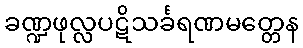
ခဏ္ဍဖုလ္လပဋိသင်္ခရဏမတ္တေန